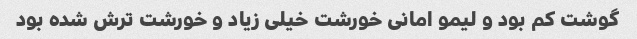
گوشت کم بود و لیمو امانی خورشت خیلی زیاد و خورشت ترش شده بود